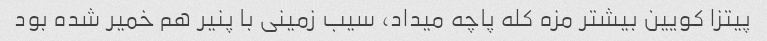
پیتزا کویین بیشتر مزه کله پاچه میداد، سیب زمینی با پنیر هم خمیر شده بود